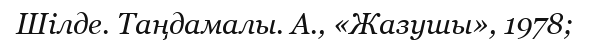
Шілде. Таңдамалы. А., «Жазушы», 1978;